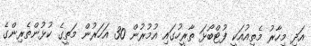
އަދި މިހާރު މެތިއުއަކީ ފުޓްބޯޅަ ތާރީހުގައި އުމުރުން 30 އަހަރުން މަތީގެ ކުޅުންތެރިންގެ